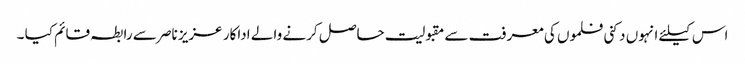
اس کیلئے انہوں دکنی فلموں کی معرفت سے مقبولیت حاصل کرنے والے اداکار عزیز ناصر سے رابطہ قائم کیا ۔